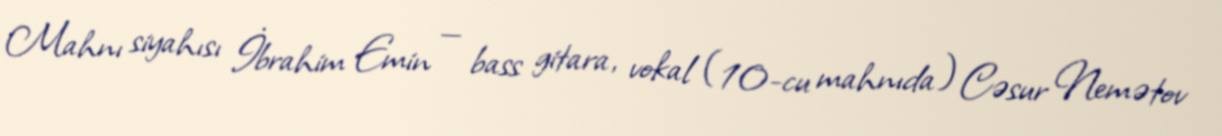
Mahnı siyahısı İbrahim Emin — bass gitara, vokal (10-cu mahnıda) Cəsur Nemətov